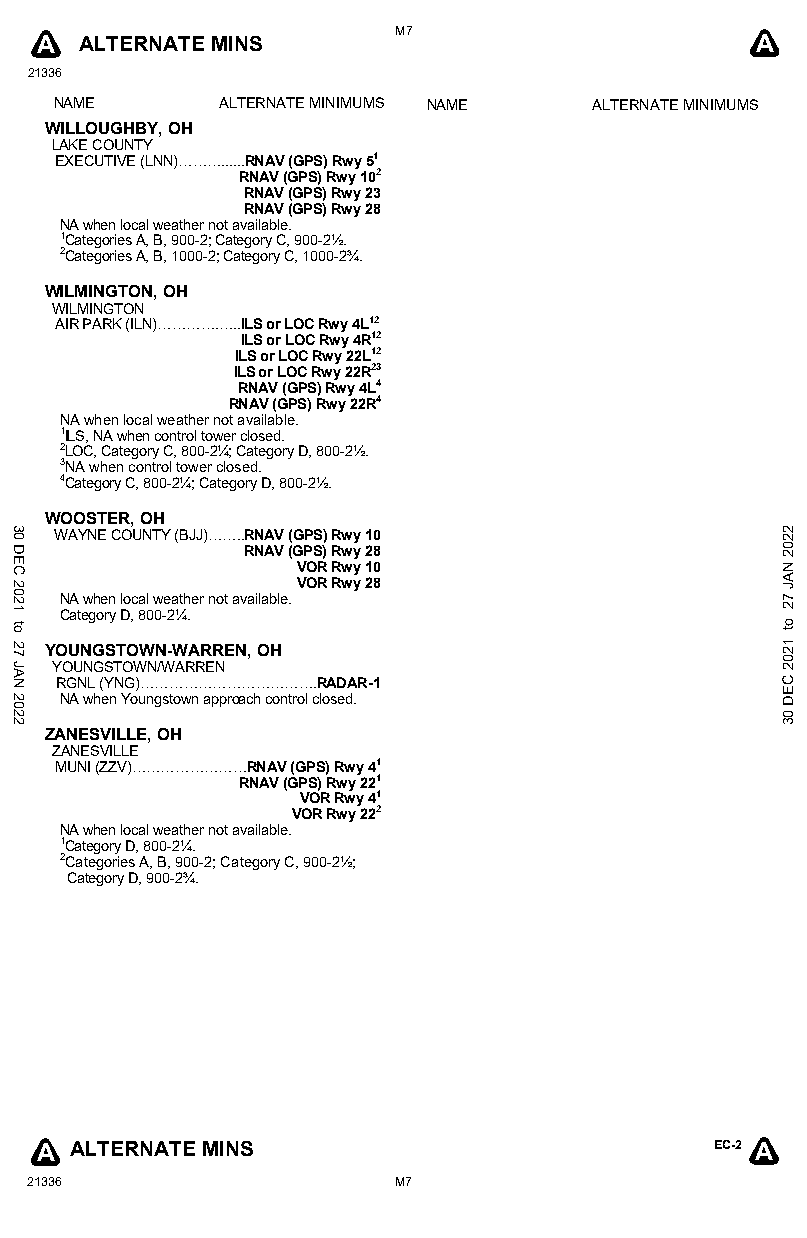
M7
 A  ALTERNATE MINS                               A
 21336
 NAME       ALTERNATE MINIMUMS NAME ALTERNATE MINIMUMS
 WILLOUGHBY, OH
 LAKE COUNTY
 EXECUTIVE (LNN)………......RNAV (GPS) Rwy 51
 RNAV (GPS) Rwy 102
 RNAV (GPS) Rwy 23
 RNAV (GPS) Rwy 28
 NA when local weather not available.
 1Categories A, B, 900-2; Category C, 900-2½.
 2Categories A, B, 1000-2; Category C, 1000-2¾.
 WILMINGTON, OH
 WILMINGTON
 AIR PARK (ILN)………….…..ILS or LOC Rwy 4L12
 ILS or LOC Rwy 4R12
 ILS or LOC Rwy 22L12
 ILS or LOC Rwy 22R23
 RNAV (GPS) Rwy 4L4
 RNAV (GPS) Rwy 22R4
 NA when local weather not available.
 1ILS, NA when control tower closed.
 2LOC, Category C, 800-2¼; Category D, 800-2½.
 3NA when control tower closed.
 4Category C, 800-2¼; Category D, 800-2½.
 WOOSTER, OH
 WAYNE COUNTY (BJJ)……..RNAV (GPS) Rwy 10
 RNAV (GPS) Rwy 28
 VOR Rwy 10
 VOR Rwy 28
 NA when local weather not available.
 Category D, 800-2¼.
 YOUNGSTOWN-WARREN, OH
 YOUNGSTOWN/WARREN
 RGNL (YNG)……………………………….RADAR-1
 NA when Youngstown approach control closed.
 ZANESVILLE, OH
 ZANESVILLE
 MUNI (ZZV)……………………RNAV (GPS) Rwy 41
 RNAV (GPS) Rwy 221
 VOR Rwy 41
 VOR Rwy 222
 NA when local weather not available.
 1Category D, 800-2¼.
 2Categories A, B, 900-2; Category C, 900-2½;
 Category D, 900-2¾.
 A  ALTERNATE MINS                            EC-2 A
 21336                   M7
 30
 DEC
 2021
 to
 27
 JAN
 2022
 2202
 NAJ
 72
 ot
 1202
 CED
 03